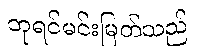
ဘုရင်မင်းမြတ်သည်